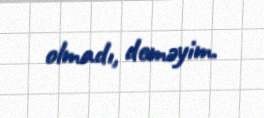
olmadı, deməyim.